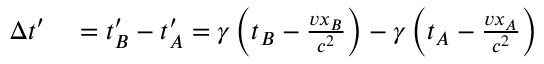
\begin{array} { r l } { \Delta t ^ { \prime } } & { { } = t _ { B } ^ { \prime } - t _ { A } ^ { \prime } = \gamma \left( t _ { B } - { \frac { v x _ { B } } { c ^ { 2 } } } \right) - \gamma \left( t _ { A } - { \frac { v x _ { A } } { c ^ { 2 } } } \right) } \end{array}